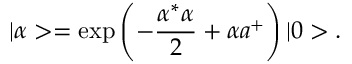
| \alpha > = \exp { \left( - \frac { \alpha ^ { * } \alpha } { 2 } + \alpha a ^ { + } \right) } \, | 0 > .